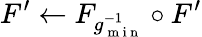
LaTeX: F^{\prime}\gets F_{g_{\mathrm{~m~i~n~}}^{-1}}\circ F^{\prime}